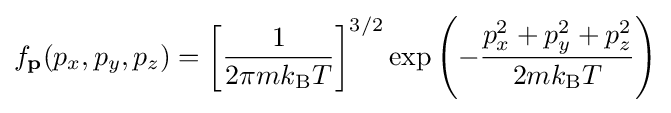
f_{\mathbf {p} }(p_{x},p_{y},p_{z})=\left[{\frac {1}{2\pi mk_{\text{B}}T}}\right]^{3/2}\exp \left(-{\frac {p_{x}^{2}+p_{y}^{2}+p_{z}^{2}}{2mk_{\text{B}}T}}\right)